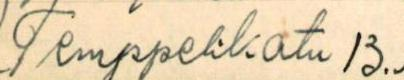
Temppelikatu 13.